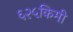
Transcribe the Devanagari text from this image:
६२५किमी